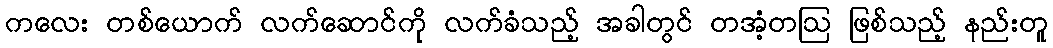
ကလေး တစ်ယောက် လက်ဆောင်ကို လက်ခံသည့် အခါတွင် တအံ့တဩ ဖြစ်သည့် နည်းတူ